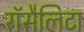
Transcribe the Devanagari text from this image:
रॉसैलिटा